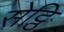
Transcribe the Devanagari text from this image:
सेट्ठि